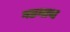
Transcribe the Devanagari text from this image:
गडनाथ